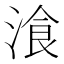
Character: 湌